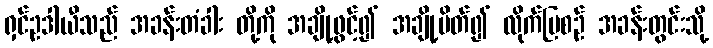
ရှင်ဥဒါယီသည် အခန်းတံခါး တို့ကို အချို့ဖွင့်၍ အချို့ပိတ်၍ လိုက်ပြစဉ် အခန်းတွင်းသို့